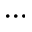
\cdots